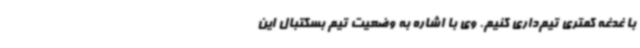
با غدغه کمتری تیم‌داری کنیم. وی با اشاره به وضعیت تیم بسکتبال این